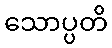
သောပ္ပတိ